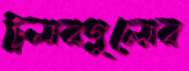
ট্রলারগুলোর